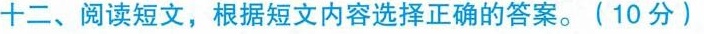
十二、阅读短文,根据短文内容选择正确的答案.(10 分)